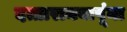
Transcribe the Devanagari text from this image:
दत्तारामबापूंना